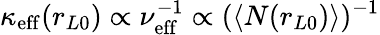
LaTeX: \kappa_{\mathrm{eff}}(r_{L0})\propto\nu_{\mathrm{eff}}^{-1}\propto(\langle N(r_{L0})\rangle)^{-1}